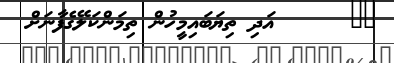
٢١      އަދި ތިޔަބައިމީހުން ތިމަންކަލޭގެފާނަށް